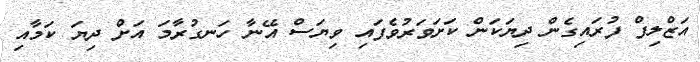
އަޒްލިފް ފުރައިގެން ދިޔަކަން ކަށަވަރުވެފައި ވިޔަސް އޭނާ ހަނގުރާމަ އަށް ދިޔަ ކަމާއި